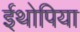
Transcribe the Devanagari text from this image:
ईथोपिया